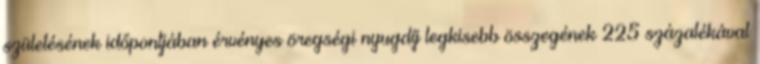
születésének időpontjában érvényes öregségi nyugdíj legkisebb összegének 225 százalékával